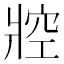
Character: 㸜